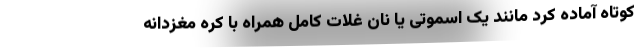
کوتاه آماده کرد مانند یک اسموتی یا نان غلات کامل همراه با کره مغزدانه